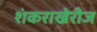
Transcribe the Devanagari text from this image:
शंकराखेरीज